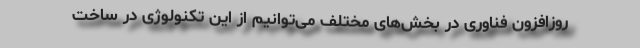
روزافزون فناوری در بخش‌های مختلف می‌توانیم از این تکنولوژی در ساخت